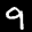
Label: 9